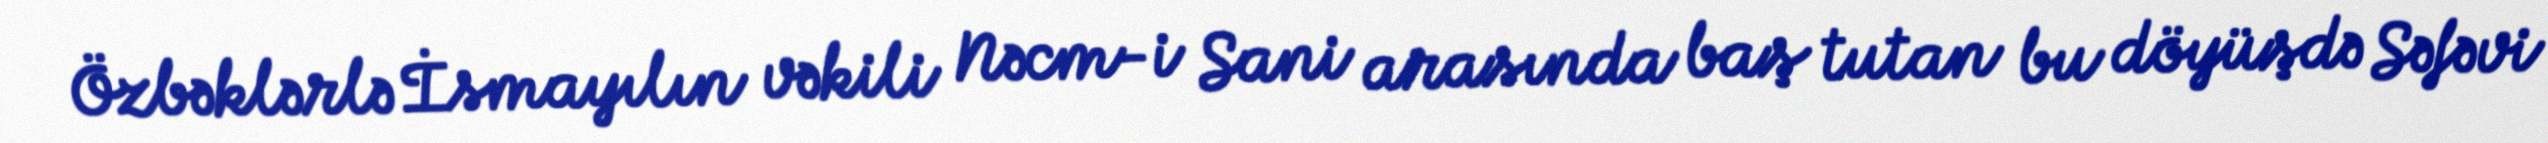
Özbəklərlə İsmayılın vəkili Nəcm-i Sani arasında baş tutan bu döyüşdə Səfəvi